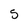
Character: 5